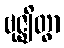
ဗုဇ္ဈိတွာ